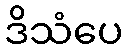
ဒိသံပေ